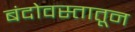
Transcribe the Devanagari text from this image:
बंदोवस्तातून